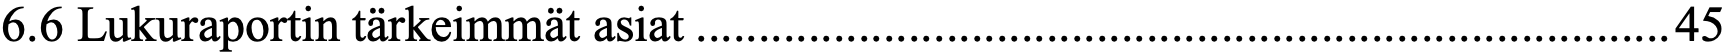
6.6 Lukuraportin tärkeimmät asiat .............................................................................. 45